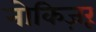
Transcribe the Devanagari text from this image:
नोकिज़रू